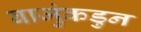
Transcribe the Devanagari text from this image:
बाजुंकडुन